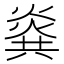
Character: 𰟎